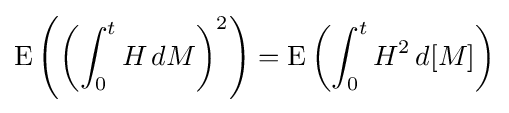
\operatorname {E} \left(\left(\int _{0}^{t}H\,dM\right)^{2}\right)=\operatorname {E} \left(\int _{0}^{t}H^{2}\,d[M]\right)